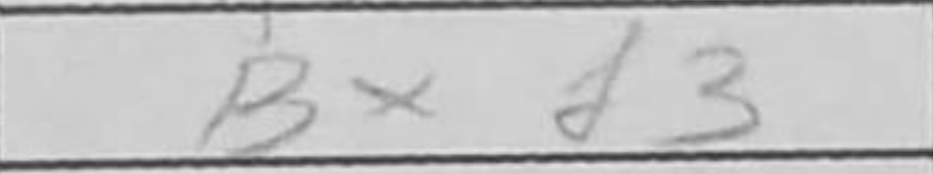
Transcription: Bxf3